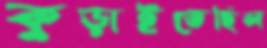
কুড়াইতেছিল